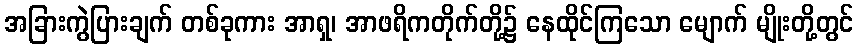
အခြားကွဲပြားချက် တစ်ခုကား အာရှ၊ အာဖရိကတိုက်တို့၌ နေထိုင်ကြသော မျောက် မျိုးတို့တွင်